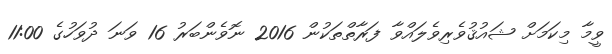
ވީމާ މިކަމަށް ޝައުޤުވެރިވެލައްވާ ފަރާތްތަކުން 2016 ނޮވެންބަރު 16 ވަނަ ދުވަހުގެ 11:00